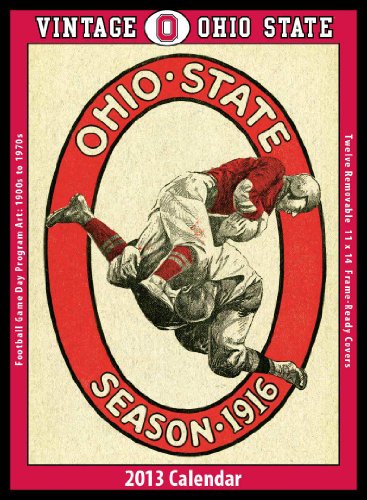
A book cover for Ohio State Buckeyes 2013 Vintage Football Calendar; Asgard Press; Calendars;